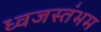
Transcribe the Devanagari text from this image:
ध्‍वजस्‍तंभम